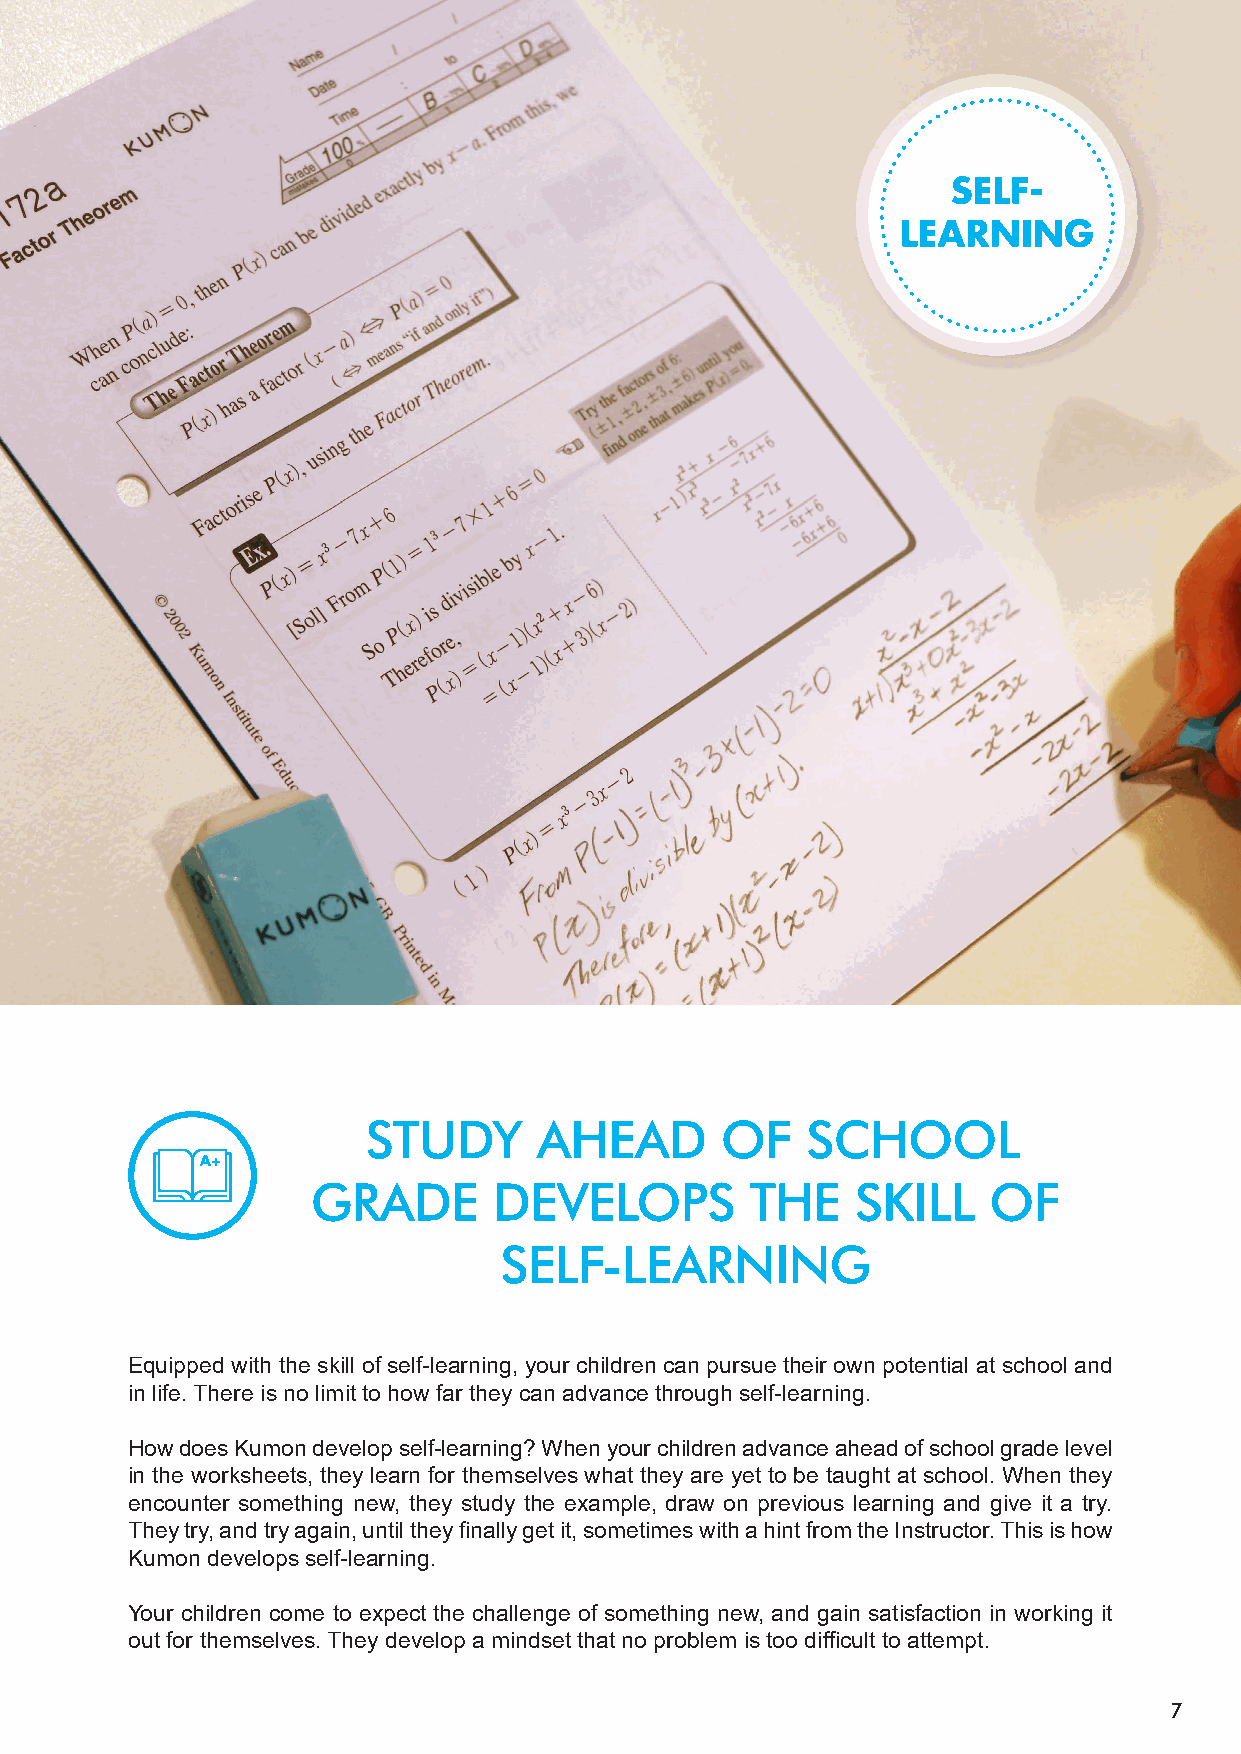
STUDY       AHEAD       OF   SCHOOL
 GRADE       DEVELOPS         THE    SKILL   OF
 SELF-LEARNING
 Equipped with the skill of self-learning, your children can pursue their own potential at school and
 in life. There is no limit to how far they can advance through self-learning.
 How does Kumon develop self-learning? When your children advance ahead of school grade level
 in the worksheets, they learn for themselves what they are yet to be taught at school. When they
 encounter something new, they study the example, draw on previous learning and give it a try.
 They try, and try again, until they finally get it, sometimes with a hint from the Instructor. This is how
 Kumon develops self-learning.
 Your children come to expect the challenge of something new, and gain satisfaction in working it
 out for themselves. They develop a mindset that no problem is too difficult to attempt.
 7